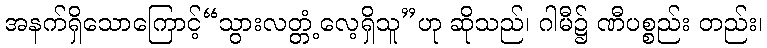
အနက်ရှိသောကြောင့်“သွားလတ္တံ့လေ့ရှိသူ”ဟု ဆိုသည်၊ ဂါမီ၌ ဏီပစ္စည်း တည်း၊